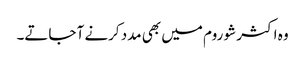
وہ اکثر شو روم میں بھی مدد کرنے آ جاتے۔